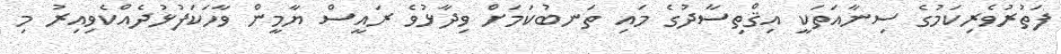
ފަތުރުވެރިކަމުގެ ސިނާއަތަކީ އިޤްތިސާދުގެ މައި ތަނބުކަމަށް ވިދާޅުވެ ރައީސް ޔާމީން ވާހަކަފުޅުދެއްކެވިއިރު މި